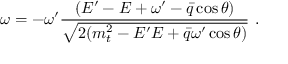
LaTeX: \omega = - \omega ^ { \prime } \frac { ( E ^ { \prime } - E + \omega ^ { \prime } - \bar { q } \cos \theta ) } { \sqrt { 2 ( m _ { t } ^ { 2 } - E ^ { \prime } E + \bar { q } \omega ^ { \prime } \cos \theta ) } } \ .